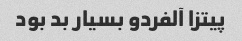
پیتزا آلفردو بسیار بد بود